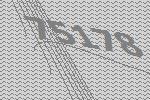
75178